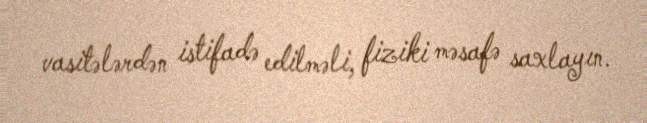
vasitələrdən istifadə edilməli, fiziki məsafə saxlayın.